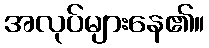
အလုပ်များနေ၏။